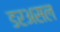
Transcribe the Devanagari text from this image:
डरअसल